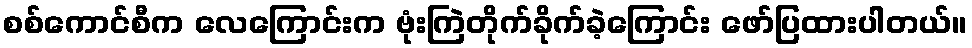
စစ်ကောင်စီက လေကြောင်းက ဗုံးကြဲတိုက်ခိုက်ခဲ့ကြောင်း ဖော်ပြထားပါတယ်။